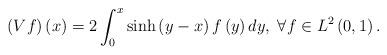
LaTeX: \begin{align*}\left(Vf\right)\left(x\right)=2\int_{0}^{x}\sinh\left(y-x\right)f\left(y\right)dy,\;\forall f\in L^{2}\left(0,1\right).\end{align*}